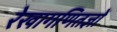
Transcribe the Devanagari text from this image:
रेखागणितज्ञों